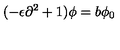
( - \epsilon \partial ^ { 2 } + 1 ) \phi = b \phi _ { 0 }